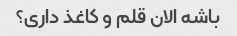
باشه الان قلم و کاغذ داری؟